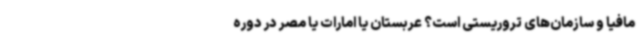
مافیا و سازمان‌های تروریستی است؟ عربستان یا امارات یا مصر در دوره